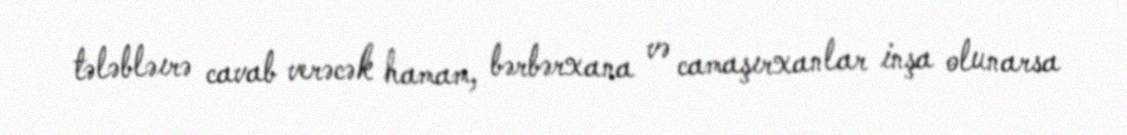
tələbləırə cavab verəcək hamam, bərbərxana və camaşırxanlar inşa olunarsa